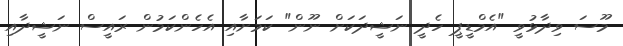
މޫސަ ވިދާޅުވީ "އެމްޑީޕީ ހެދީ ނަޝީދަކަށް ނޫން" ކަމަށާއި އެހެންކަމުން ރައީސް ނަޝީދާއި